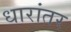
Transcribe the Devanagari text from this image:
धारांतर